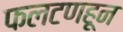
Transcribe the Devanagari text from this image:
फलटणहून